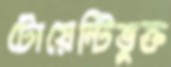
টোয়েন্টিভুক্ত